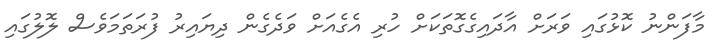
މާފަންނު ކޮޅުގައި ވަރަށް އާދައިގެގޮތަކަށް ހުރި އެގެއަށް ވަދެގެން ދިޔައިރު ފުރަތަމަވެސް ލޮލުގައި